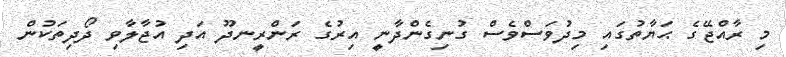
މި ރާއްޖޭގެ ޙަޔާތުގައި މިދުވަސްވެސް ގުނިގެންދާނީ އިރުގެ ރަންރީނދޫ އަދި އުޖާލާވި ދޯދިތަކުން